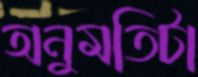
অনুমতিটা